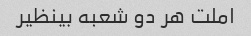
املت هر دو شعبه بینظیر